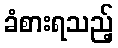
ခံစားရသည့်